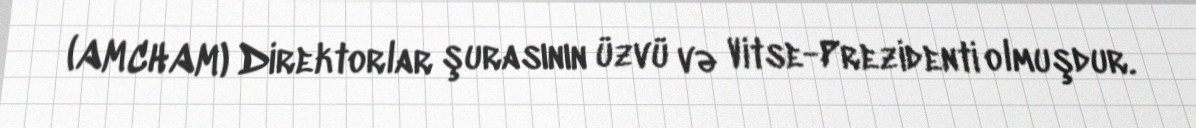
(AMCHAM) Direktorlar şurasının üzvü və Vitse-Prezidenti olmuşdur.